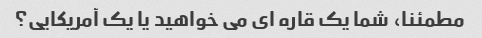
مطمئنا، شما یک قاره ای می خواهید یا یک آمریکایی؟